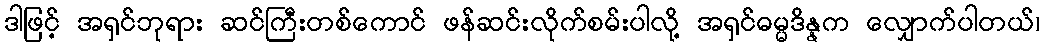
ဒါဖြင့် အရှင်ဘုရား ဆင်ကြီးတစ်ကောင် ဖန်ဆင်းလိုက်စမ်းပါလို့ အရှင်ဓမ္မဒိန္နက လျှောက်ပါတယ်၊